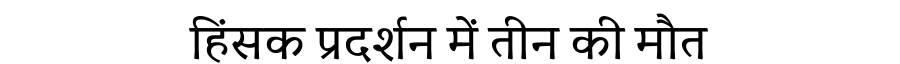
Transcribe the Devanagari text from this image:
हिंसक प्रदर्शन में तीन की मौत